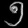
Digit: ၅